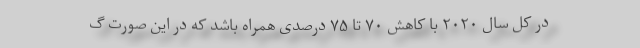
در کل سال ۲۰۲۰ با کاهش ۷۰ تا ۷۵ درصدی همراه باشد که در این صورت گ